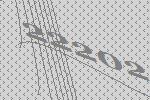
22202